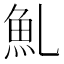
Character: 䰲